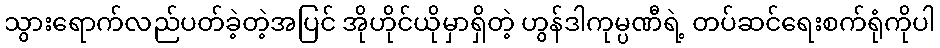
သွားရောက်လည်ပတ်ခဲ့တဲ့အပြင် အိုဟိုင်ယိုမှာရှိတဲ့ ဟွန်ဒါကုမ္ပဏီရဲ့ တပ်ဆင်ရေးစက်ရုံကိုပါ